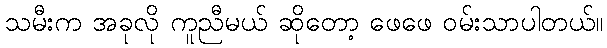
သမီးက အခုလို ကူညီမယ် ဆိုတော့ ဖေဖေ ဝမ်းသာပါတယ်။